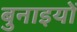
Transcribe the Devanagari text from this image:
बुनाइयों